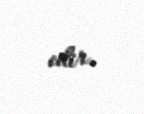
edir.